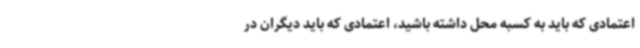
اعتمادی که باید به کسبه محل داشته باشید، اعتمادی که باید دیگران در